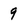
Character: 9